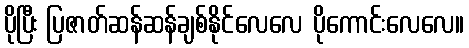
ပိုပြီး ပြဇာတ်ဆန်ဆန်ချစ်နိုင်လေလေ ပိုကောင်းလေလေ။